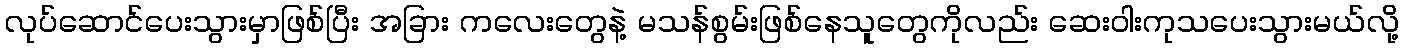
လုပ်ဆောင်ပေးသွားမှာဖြစ်ပြီး အခြား ကလေးတွေနဲ့ မသန်စွမ်းဖြစ်နေသူတွေကိုလည်း ဆေးဝါးကုသပေးသွားမယ်လို့